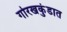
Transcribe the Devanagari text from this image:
गोरखकुंडात